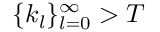
\{ k _ { l } \} _ { l = 0 } ^ { \infty } > T